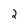
Character: 2